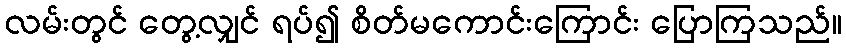
လမ်းတွင် တွေ့လျှင် ရပ်၍ စိတ်မကောင်းကြောင်း ပြောကြသည်။